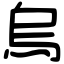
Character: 烏